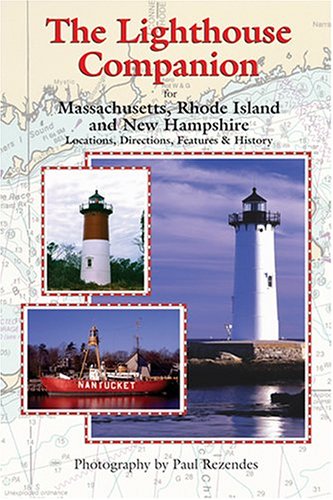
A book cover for The Lighthouse Companion: For Massachusetts, Rhode Island And New Hampshire; Paul Rezendes; Travel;